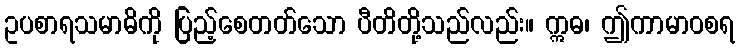
ဥပစာရသမာဓိကို ပြည့်စေတတ်သော ပီတိတို့သည်လည်း။ ဣဓ၊ ဤကာမာဝစရ